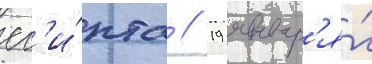
ег'и́пта // 19 январ'я́